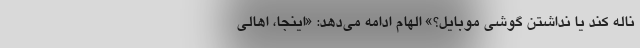
ناله کند یا نداشتن گوشی موبایل؟» الهام ادامه می‌دهد: «اینجا، اهالی